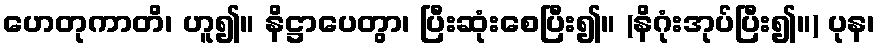
ဟေတုကာတိ၊ ဟူ၍။ နိဋ္ဌာပေတွာ၊ ပြီးဆုံးစေပြီး၍။ (နိဂုံးအုပ်ပြီး၍။) ပုန၊